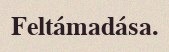
Feltámadása.